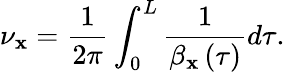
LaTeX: \nu_{\mathbf{x}}=\frac{{1}}{{2\pi}}\int_{0}^{L}\frac{{1}}{{\beta_{\mathbf{x}}\left(\tau\right)}}d\tau.